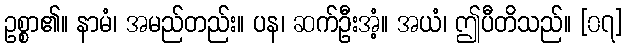
ဥစ္စာ၏။ နာမံ၊ အမည်တည်း။ ပန၊ ဆက်ဦးအံ့။ အယံ၊ ဤပီတိသည်။ [၀၇]